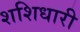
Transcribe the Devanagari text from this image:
शशिधारी